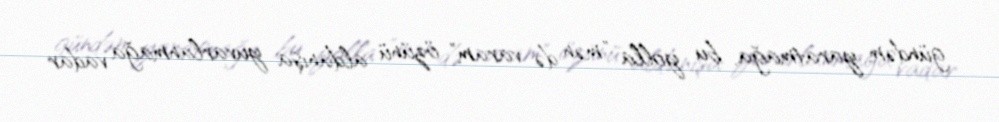
gündəm yaratmağa, bu yolla "mən də varam" özünü aldanışa yuvarlanmağa vadar